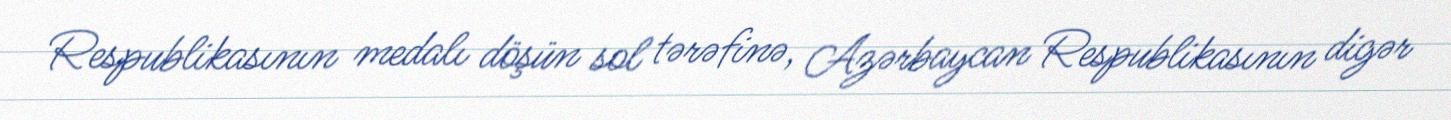
Respublikasının medalı döşün sol tərəfinə, Azərbaycan Respublikasının digər